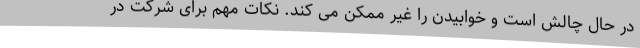
در حال چالش است و خوابیدن را غیر ممکن می کند. نکات مهم برای شرکت در